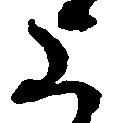
上